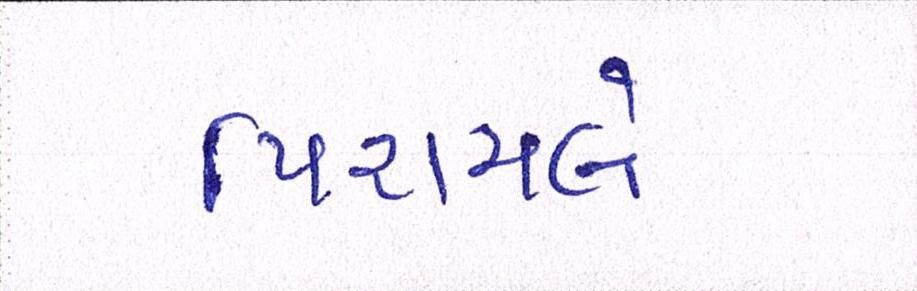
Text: પિરામલે